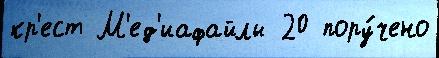
кр'ест М'ед'иафайлы 20 пору́чено